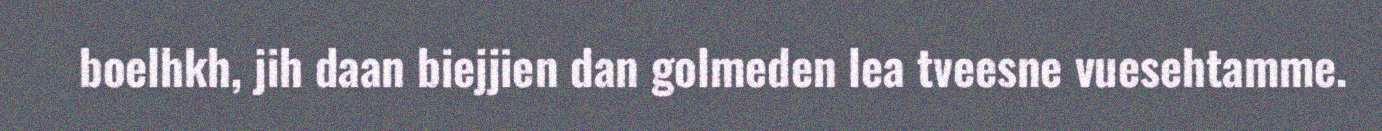
boelhkh, jih daan biejjien dan golmeden lea tveesne vuesehtamme.